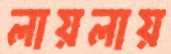
লায়লায়